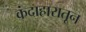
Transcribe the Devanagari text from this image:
कंदाहारातून